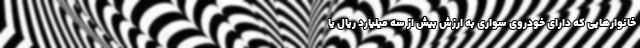
خانوارهایی که دارای خودروی سواری به ارزش بیش از سه میلیارد ریال یا